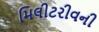
મિલીટરીવની